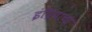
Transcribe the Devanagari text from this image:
इंद्रियाचा